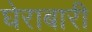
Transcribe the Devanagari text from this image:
घेराबारी